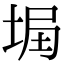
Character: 𡌞